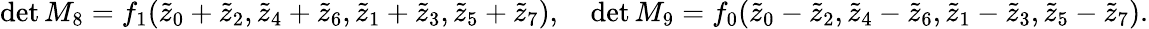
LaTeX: \begin{array}{r}{\operatorname*{det}{M_{8}}=f_{1}(\tilde{z}_{0}+\tilde{z}_{2},\tilde{z}_{4}+\tilde{z}_{6},\tilde{z}_{1}+\tilde{z}_{3},\tilde{z}_{5}+\tilde{z}_{7}),\quad\operatorname*{det}{M_{9}}=f_{0}(\tilde{z}_{0}-\tilde{z}_{2},\tilde{z}_{4}-\tilde{z}_{6},\tilde{z}_{1}-\tilde{z}_{3},\tilde{z}_{5}-\tilde{z}_{7}).}\end{array}